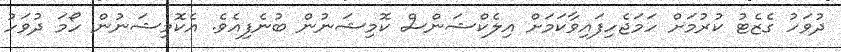
ދުވަހު ގެޒެޓު ކުރުމަށް ހަމަޖެހިފައިވާކަމަށް އިލެކްޝަންސް ކޮމިޝަނުން ބުނެފިއެވެ. އެކޮމިޝަނުން ހޯމަ ދުވަހު